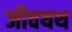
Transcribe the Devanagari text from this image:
जीवयथ